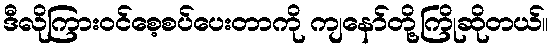
ဒီလိုကြားဝင်စေ့စပ်ပေးတာကို ကျနော်တို့ကြိုဆိုတယ်။